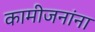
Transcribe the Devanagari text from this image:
कामीजनांना